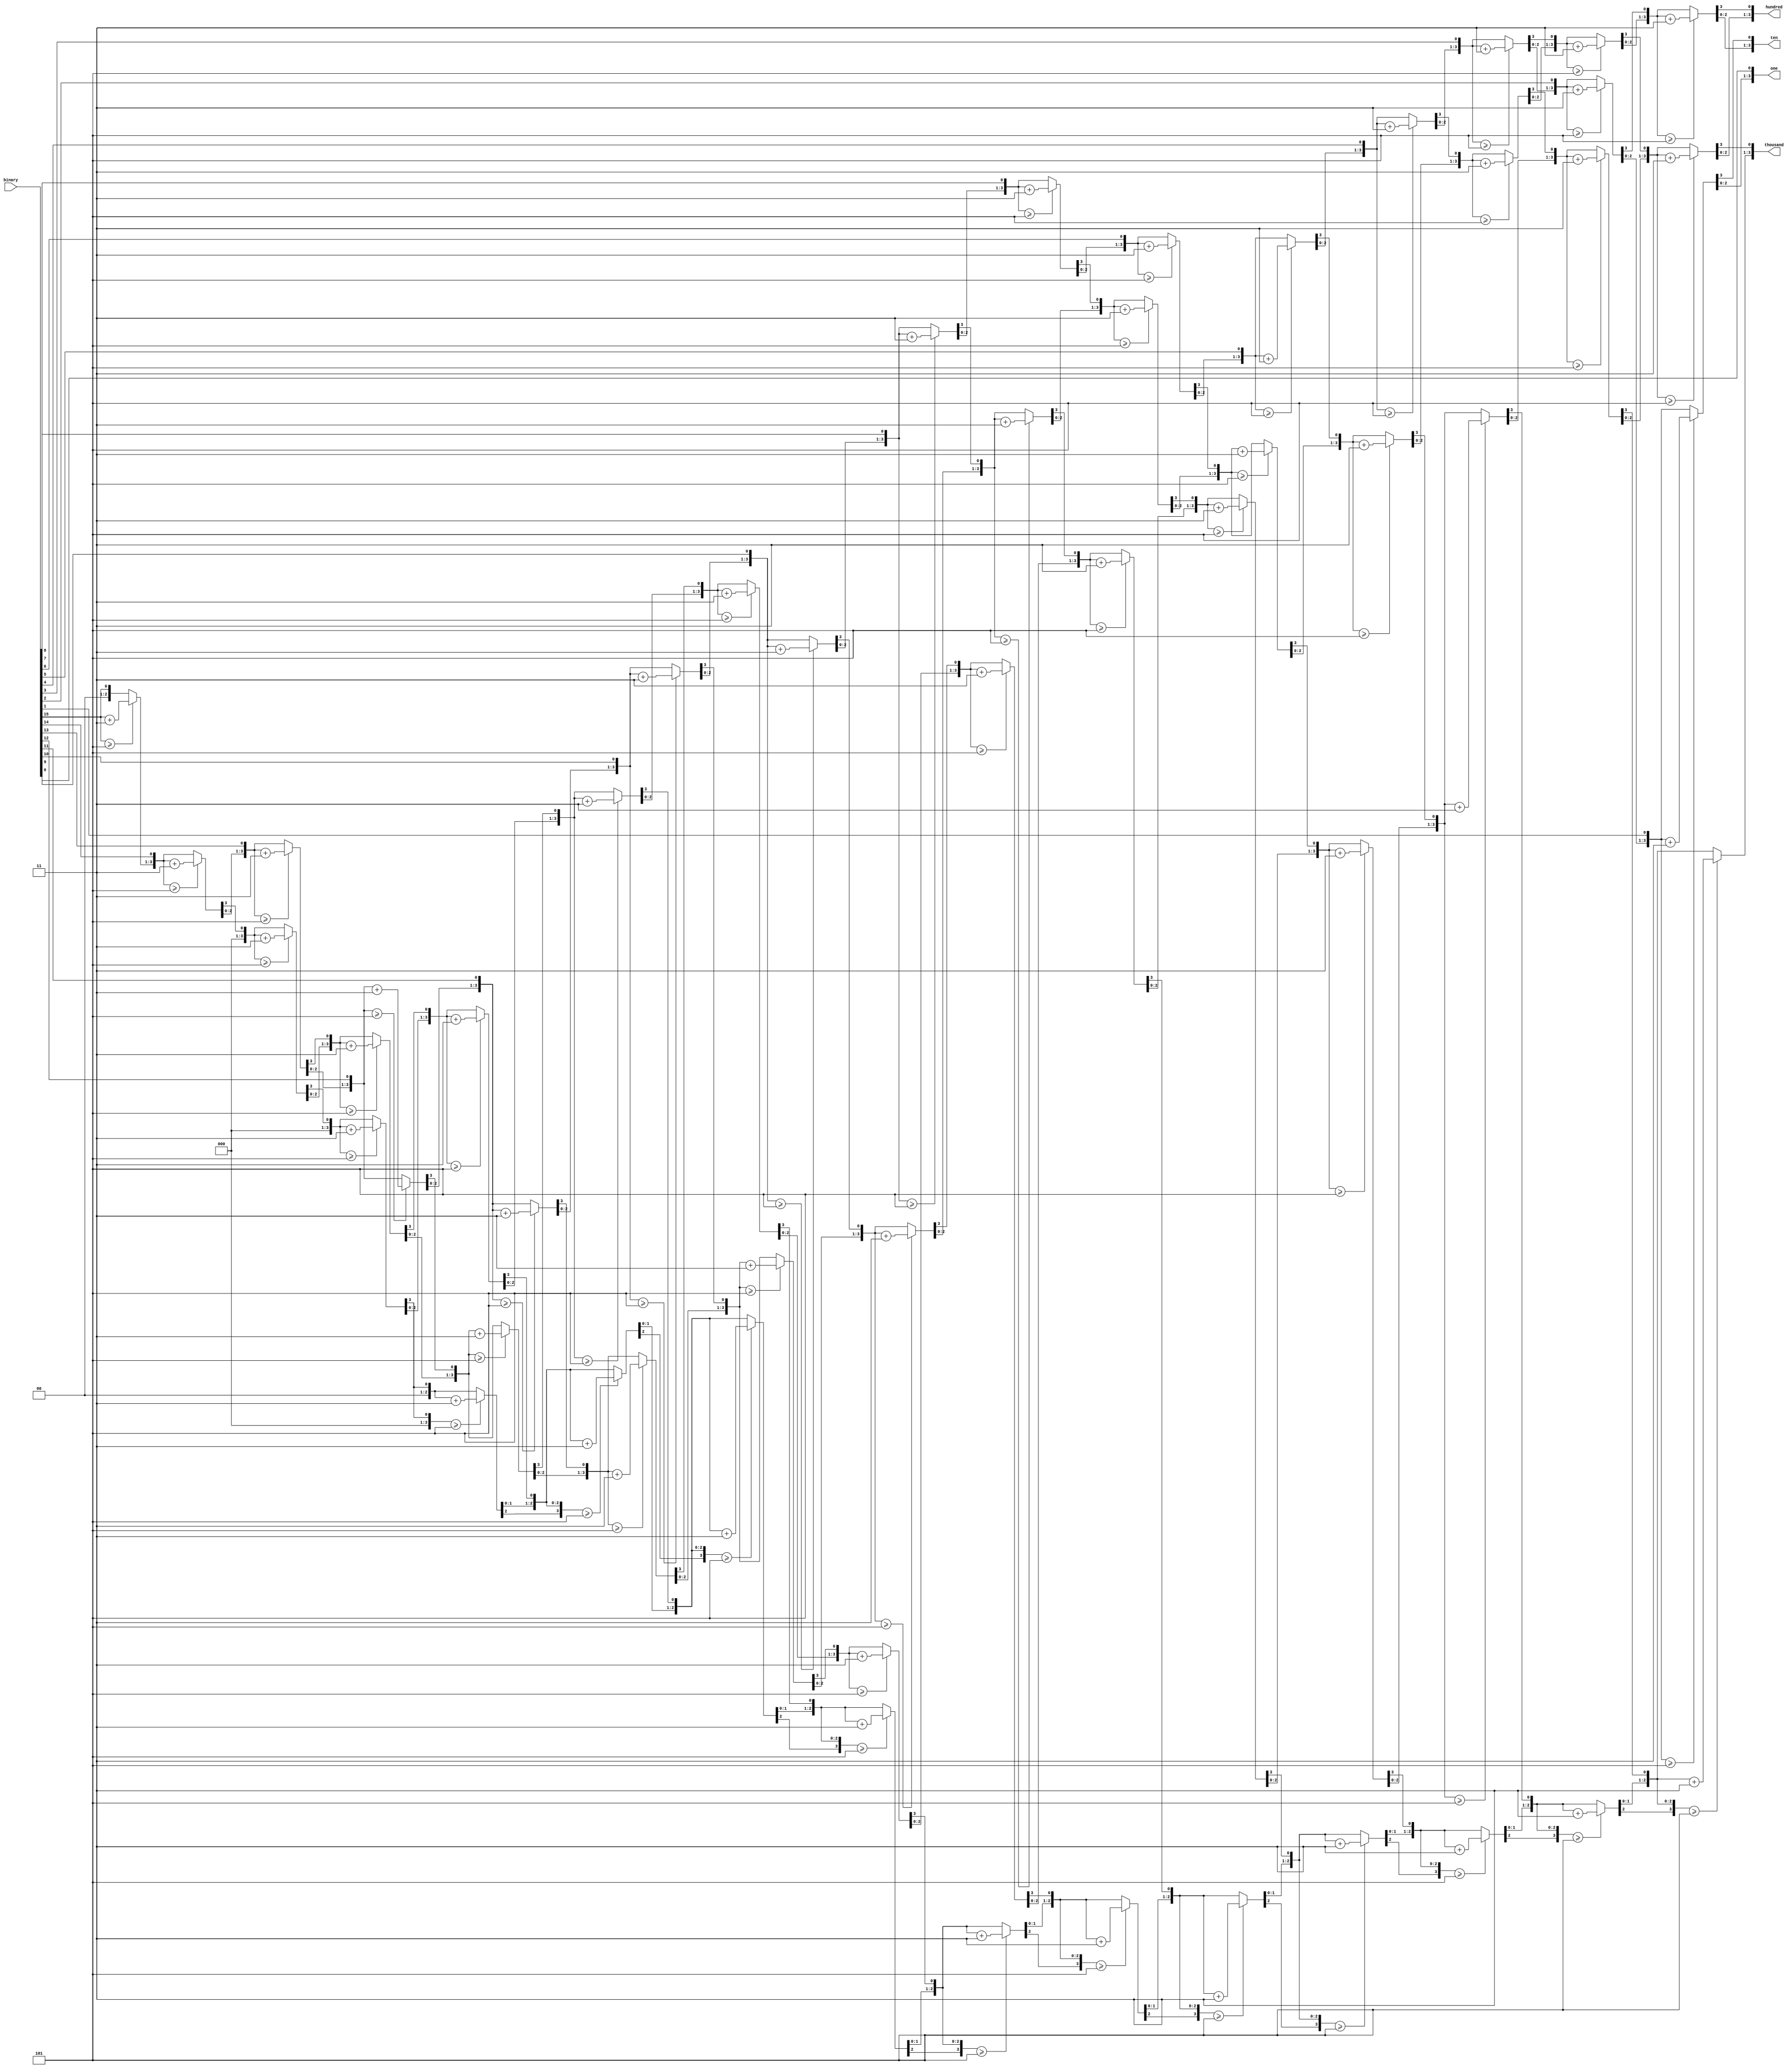
module BinaryCodedDecimal (
	input [15:0] binary,
	output reg [3:0] thousand,
	output reg [3:0] hundred,
	output reg [3:0] ten,
	output reg [3:0] one
);
	integer i;
	
	always@ (binary) begin
		thousand = 4'd0;
		hundred = 4'd0;
		ten = 4'd0;
		one = 4'd0;
		for (i=15; i>=0; i=i-1) begin
			if(thousand >= 5) thousand = thousand + 4'd3;
			if(hundred >= 5) hundred = hundred + 4'd3;
			if(ten >= 5) ten = ten + 4'd3;
			if(one >= 5) one = one + 4'd3;
			
			thousand = thousand << 1;
			thousand[0] = hundred[3];
			hundred = hundred << 1;
			hundred[0] = ten[3];
			ten = ten << 1;
			ten[0] = one[3];
			one = one << 1;
			one[0] = binary[i];
		end
	end
	
endmodule